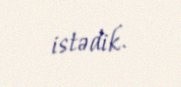
istədik.